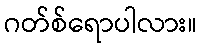
ဂတ်စ်ရောပါလား။